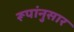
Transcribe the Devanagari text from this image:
रूपांनुसार